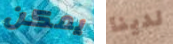
يمكن لدينا